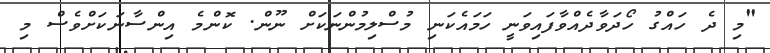
"މި ދެ ހައްގު ހޯދަވާދެއްވާފައިވަނީ ހަމައެކަނި މުސްލިމުންނަކަށް ނޫން. ކޮންމެ އިންސާނަކަށްވެސް މި